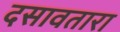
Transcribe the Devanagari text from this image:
दसावतारा